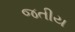
જતીય